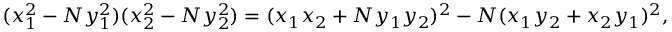
( x _ { 1 } ^ { 2 } - N y _ { 1 } ^ { 2 } ) ( x _ { 2 } ^ { 2 } - N y _ { 2 } ^ { 2 } ) = ( x _ { 1 } x _ { 2 } + N y _ { 1 } y _ { 2 } ) ^ { 2 } - N ( x _ { 1 } y _ { 2 } + x _ { 2 } y _ { 1 } ) ^ { 2 } ,